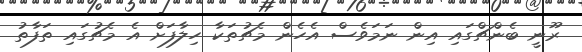
ރޫނީ ބެންޗްގައި އިން ނަމަވެސް އެހެން މެޗުތަކާ ހިލާފަށް އެ މެޗުގައި ތަފާތު